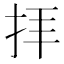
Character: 拝